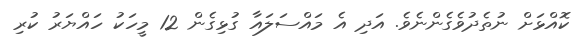
ކޮއްޅަށް ނުތެދުވެގެންނެވެ. އަދި އެ މައްސަލައާ ގުޅިގެން 12 މީހަކު ހައްޔަރު ކުރި